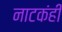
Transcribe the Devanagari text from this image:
नाटकंही